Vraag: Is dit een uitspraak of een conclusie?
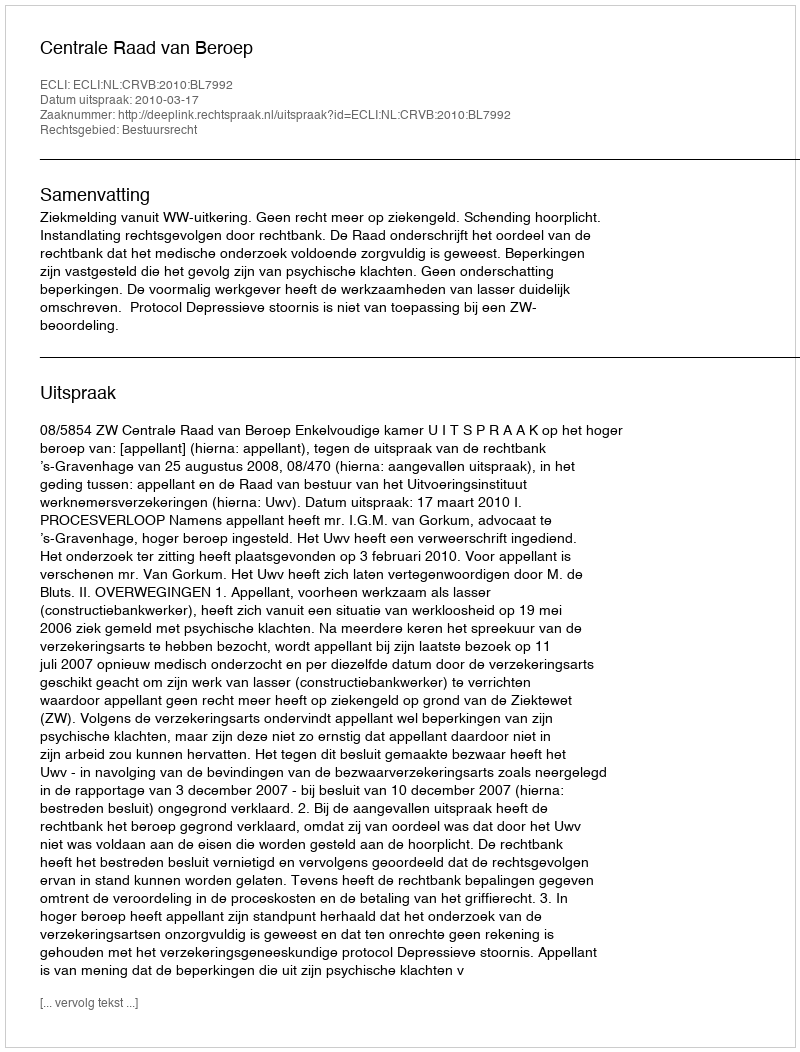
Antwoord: Uitspraak